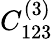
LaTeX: C_{123}^{(3)}